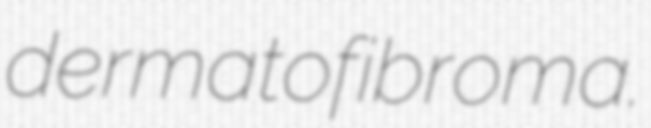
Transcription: dermatofibroma.